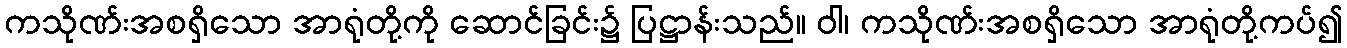
ကသိုဏ်းအစရှိသော အာရုံတို့ကို ဆောင်ခြင်း၌ ပြဋ္ဌာန်းသည်။ ဝါ၊ ကသိုဏ်းအစရှိသော အာရုံတို့ကပ်၍